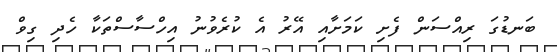
ބަނޑުގަ ރިއްސަން ފެށި ކަމަށާއި އޭރު އެ ކުރެވުނު އިހްސާސްތަކާ ހެދި ގިވް